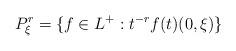
LaTeX: \begin{align*}P_\xi^r=\{f\in L^+:t^{-r}f(t)(0,\xi)\}\end{align*}